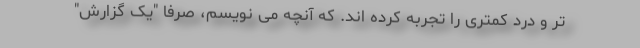
تر و درد کمتری را تجربه کرده اند. که آنچه می نویسم، صرفاً "یک گزارش"